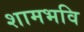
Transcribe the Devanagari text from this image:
शामभवि